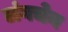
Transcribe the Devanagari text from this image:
लंगचेन